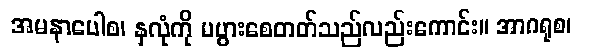
အမနာပေါစ၊ နှလုံကို မပွားစေတတ်သည်လည်းကောင်း။ အာဂရုစ၊